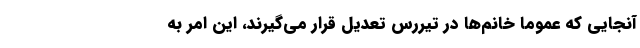
آنجایی که عموماً خانم‌ها در تیررس تعدیل قرار می‌گیرند، این امر به